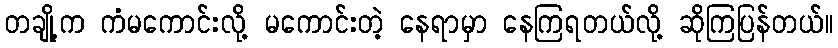
တချို့က ကံမကောင်းလို့ မကောင်းတဲ့ နေရာမှာ နေကြရတယ်လို့ ဆိုကြပြန်တယ်။